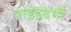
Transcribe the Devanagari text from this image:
राइडबर्गी